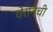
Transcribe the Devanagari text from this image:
चेरॉनची